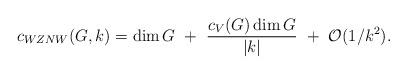
LaTeX: \begin{align*}c_{WZNW}(G,k)=\dim G~+~{c_V(G)\dim G\over |k|}~+~{\cal O}(1/k^2).\end{align*}